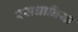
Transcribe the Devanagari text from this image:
रसधानियाँ